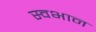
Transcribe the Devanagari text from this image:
स्वभान